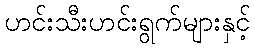
ဟင်းသီးဟင်းရွက်များနှင့်